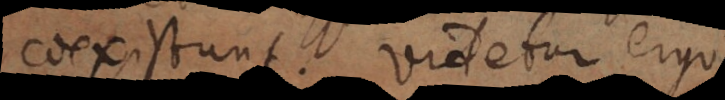
coexistunt. Videtur ergo